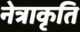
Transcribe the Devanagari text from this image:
नेत्राकृति